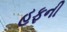
હફની